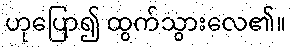
ဟုပြော၍ ထွက်သွားလေ၏။